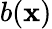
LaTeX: b(\boldsymbol{\mathbf{x}})